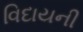
વિદાયની